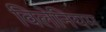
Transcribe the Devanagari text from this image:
विलेनियम